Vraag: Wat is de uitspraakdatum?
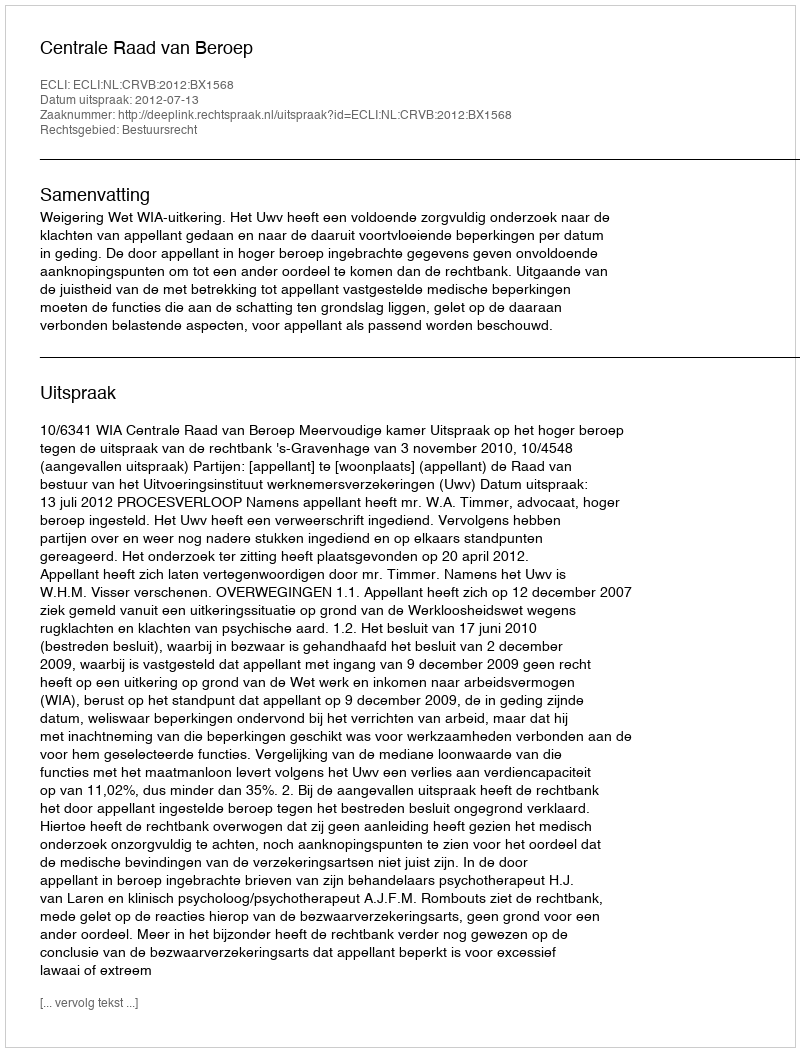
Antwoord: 2012-07-13